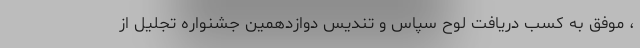
، موفق به کسب دریافت لوح سپاس و تندیس دوازدهمین جشنواره تجلیل از